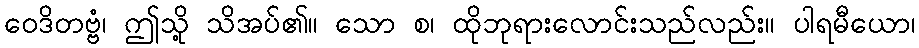
ဝေဒိတဗ္ဗံ၊ ဤသို့ သိအပ်၏။ သော စ၊ ထိုဘုရားလောင်းသည်လည်း။ ပါရမီယော၊